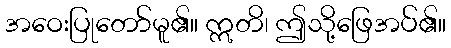
အဝေးပြုတော်မူ၏။ ဣတိ၊ ဤသို့ဖြေအပ်၏။